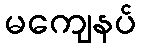
မကျေနပ်